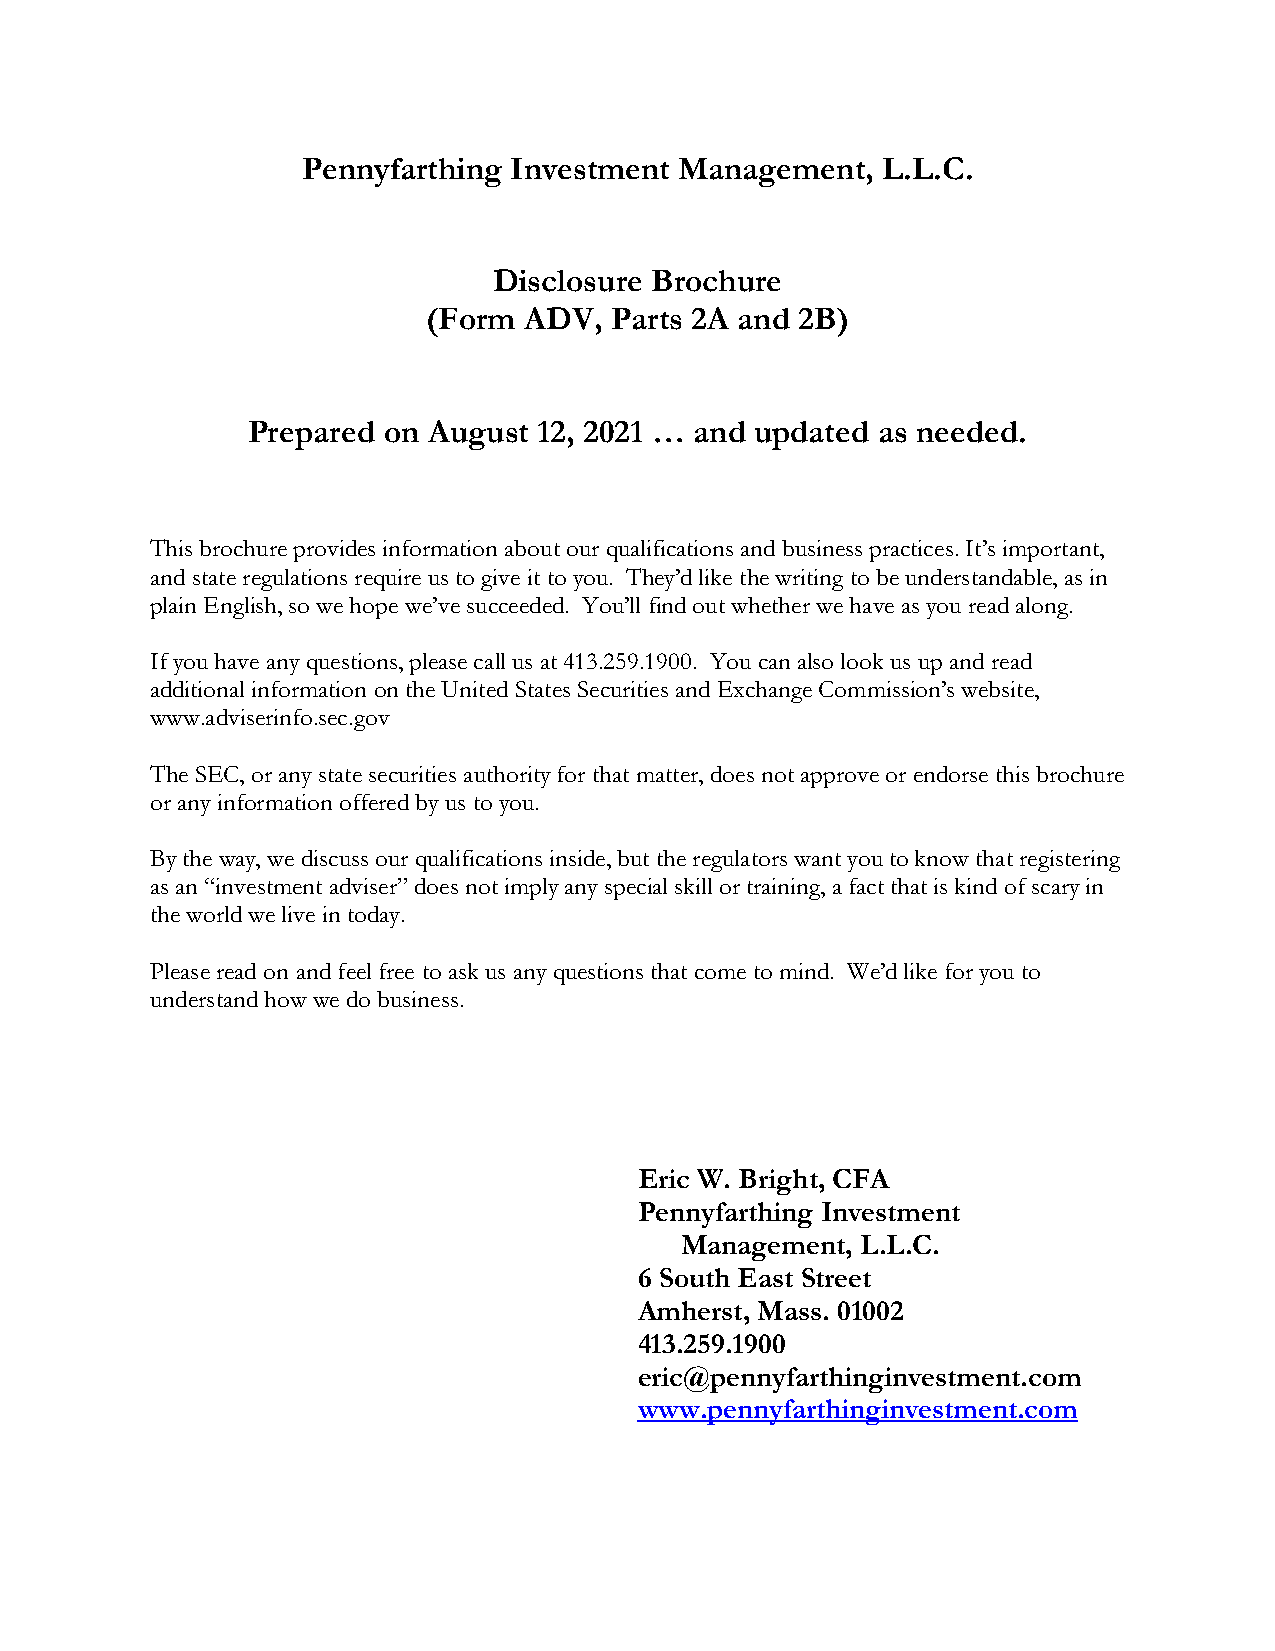
Pennyfarthing Investment Management,  L.L.C.
 Disclosure Brochure
 (Form  ADV, Parts 2A and 2B)
 Prepared on August  12, 2021 … and updated as needed.
 This brochure provides information about our qualifications and business practices. It’s important,
 and state regulations require us to give it to you. They’d like the writing to be understandable, as in
 plain English, so we hope we’ve succeeded. You’ll find out whether we have as you read along.
 If you have any questions, please call us at 413.259.1900. You can also look us up and read
 additional information on the United States Securities and Exchange Commission’s website,
 www.adviserinfo.sec.gov
 The SEC, or any state securities authority for that matter, does not approve or endorse this brochure
 or any information offered by us to you.
 By the way, we discuss our qualifications inside, but the regulators want you to know that registering
 as an “investment adviser” does not imply any special skill or training, a fact that is kind of scary in
 the world we live in today.
 Please read on and feel free to ask us any questions that come to mind. We’d like for you to
 understand how we do business.
 Eric W. Bright, CFA
 Pennyfarthing Investment
 Management, L.L.C.
 6 South East Street
 Amherst, Mass. 01002
 413.259.1900
 eric@pennyfarthinginvestment.com
 www.pennyfarthinginvestment.com